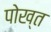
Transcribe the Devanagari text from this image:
पोख्त